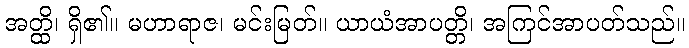
အတ္ထိ၊ ရှိ၏။ မဟာရာဇ၊ မင်းမြတ်။ ယာယံအာပတ္တိ၊ အကြင်အာပတ်သည်။